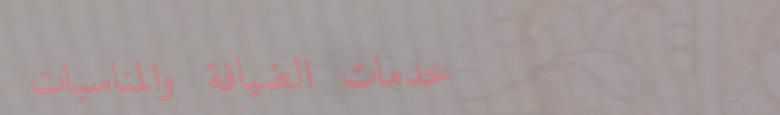
خدمات الضيافة والمناسبات